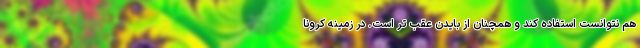
هم نتوانست استفاده کند و همچنان از بایدن عقب تر است. در زمینه کرونا